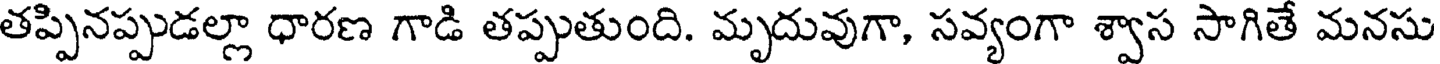
తప్పినప్పుడల్లా ధారణ గాడి తప్పుతుంది. మృదువుగా, సవ్యంగా శ్వాస సాగితే మనసు